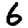
Digit: 6